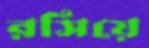
রসিয়ে